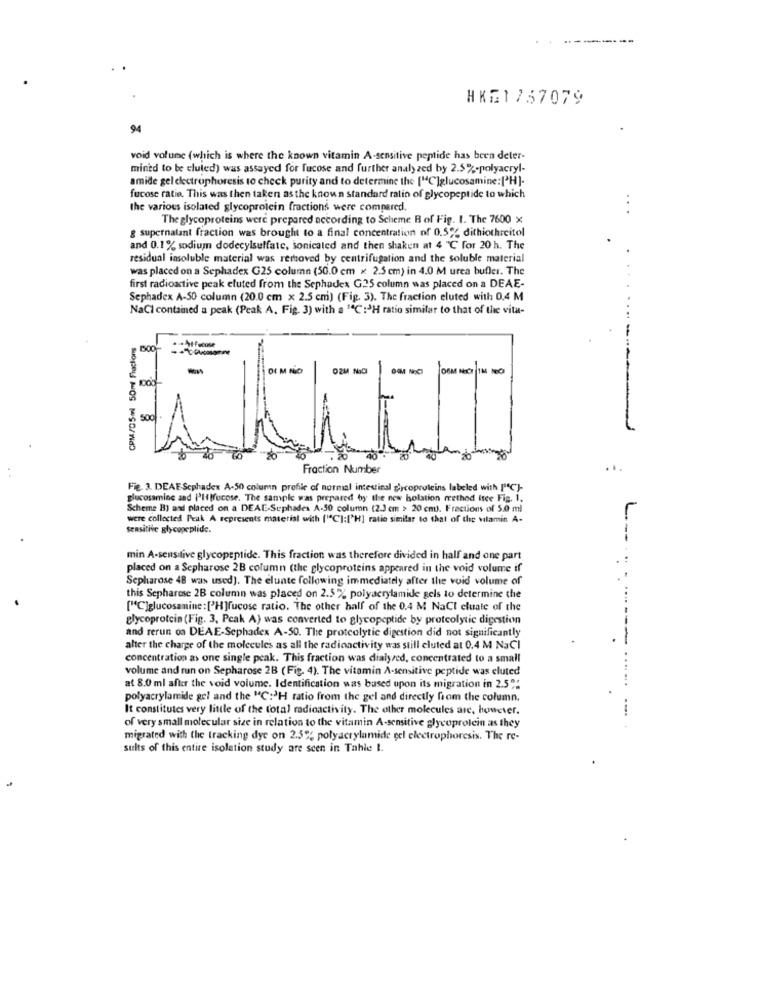
HK£1 757079
94
void volune (which is where the known vitamin A-sensitive peptide has been deler-
mined to be eluted) was assayed for fucose and further analy zed by 2.5%-polyacryl-
amide gel electrophoresis to check purity and to determine the ["C']glucosamine:['H]-
fucose ratio. This was then taken as the known standard ratin of glycopeptide to which
the various isolated glycoprotein fractions were compared.
The glycoproteins were prepared according to Scheme B of Fig. 1. The 7600 x
g supernatant fraction was brought to a final concentration of 0.5% dithiothrcitol
and 0.1% sodium dodecylsulfate, sonicated and then shaken at 4 "℃ for 20 h. The
residual insoluble material was removed by centrifugation and the soluble material
was placed on a Sephadex G25 column (50.0 cm x 2.5 cm) in 4.0 M urea bufler. The
first radioactive peak eluted from the Sephadex G25 column was placed on a DEAE-
Sephadex A-50 column (20.0 cm x 2.5 cm) (Fig. 3). The fraction eluted with 0,4 M
NaCl contained a peak (Peak A. Fig. 3) with a 1ªC:3H ratio similar to that of the vita-
CPM/05ml 50ml Fractions
OZM NoCl
OSM NEOT IM MEO
500
Fraction Number
Fie. 3. DEAE Sephadex A-50 column profile of normal intestinal glycoproteins labeled with [C]-
glucosamine and I'llfucose. The sample was prepared by the new holation method itce Fig. 1.
Scheme B) and placed on a DEAE-Suphades A-50 column (2.3 cm > 20 cm). Fractions of 5.0 ml
were collected Peak A represents material with (""C]:['H] ratie similar to that of the vitamin A-
L
sensitive glycopeplide.
min A-sensitive glycopeptide. This fraction was therefore divided in half and one part
placed on a Sepharose 2B column (the glycoproteins appeared in the void volume if
Sepharose 48 was used]. The elunte following immediately after the void volume of
this Sepharese 2B column was placed on 2.5% polyacrylamide gels to determine the
["C]glucosamine : ['H ]fucose ratio. The other half of the 0.4 M NaCl cluate of the
glycoprotein (Fig. 3, Peak A) was converted to glycopeptide by proteolytic digestion
and rerun on DEAE-Sephadex A-50. The proteolytic digestion did not significantly
alter the charge of the molecules as all the radioactivity was still eluted at 0.4 M NaCI
concentration as one single peak. This fraction was dialysed, concentrated to a small
..
volume and run on Sepharose 2B (Fig. 4). The vitamin A-sensitive peptide was eluted
....
at 8.0 ml after the void volume. Identification was based upon its migration in 2.5%:
polyacrylamide gel and the "C:3H ratio from the gel and directly from the column.
It constitutes very little of the total radioactivity. The other molecules are, however.
of very small molecular size in relation to the vitamin A-sensitive glycoprotein as they
migrated with the tracking dye on 2.5% polyacrylamide gel electrophoresis. The re-
sults of this entire isolation study are seen in Tahle I.